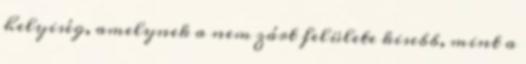
helyiség, amelynek a nem zárt felülete kisebb, mint a